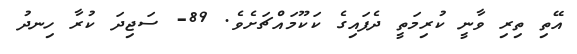
އޭތި ތިރި ވާނީ ކުރިމަތީ ދެފައިގެ ކަކޫމައްޗަށެވެ. 89- ސަޖިދަ ކުރާ ހިނދު